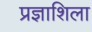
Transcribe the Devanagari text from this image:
प्रज्ञाशिला